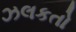
ઝલકતો